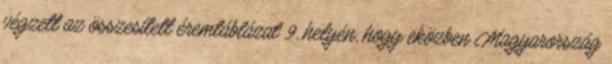
végzett az összesített éremtáblázat 9. helyén, hogy eközben Magyarország